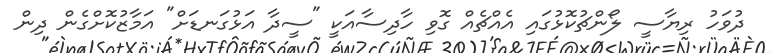
ދުވަހު ރިޔާސީ ލޯންޗުކޮޅުގައި އެއްޗެއް ގޮވި ހާދިސާއަކީ "ސީދާ އަޅުގަނޑަށް" އަމާޒުކޮށްގެން ދިން